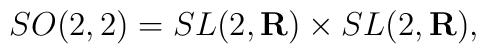
SO(2,2)=SL(2,{\bf R})\times SL(2,{\bf R}),